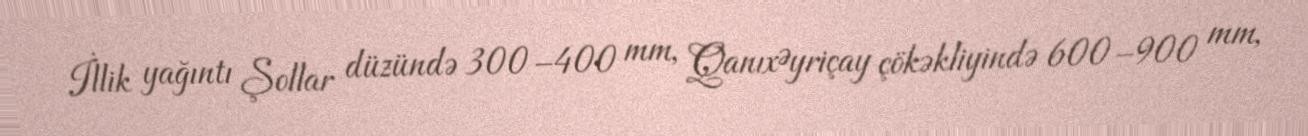
İllik yağıntı Şollar düzündə 300–400 mm, QanıxƏyriçay çökəkliyində 600–900 mm,